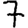
Digit: 7